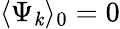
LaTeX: \langle\Psi_{\mathit{k}}\rangle_{0}=0